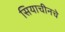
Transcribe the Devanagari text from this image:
सियाचीनचे